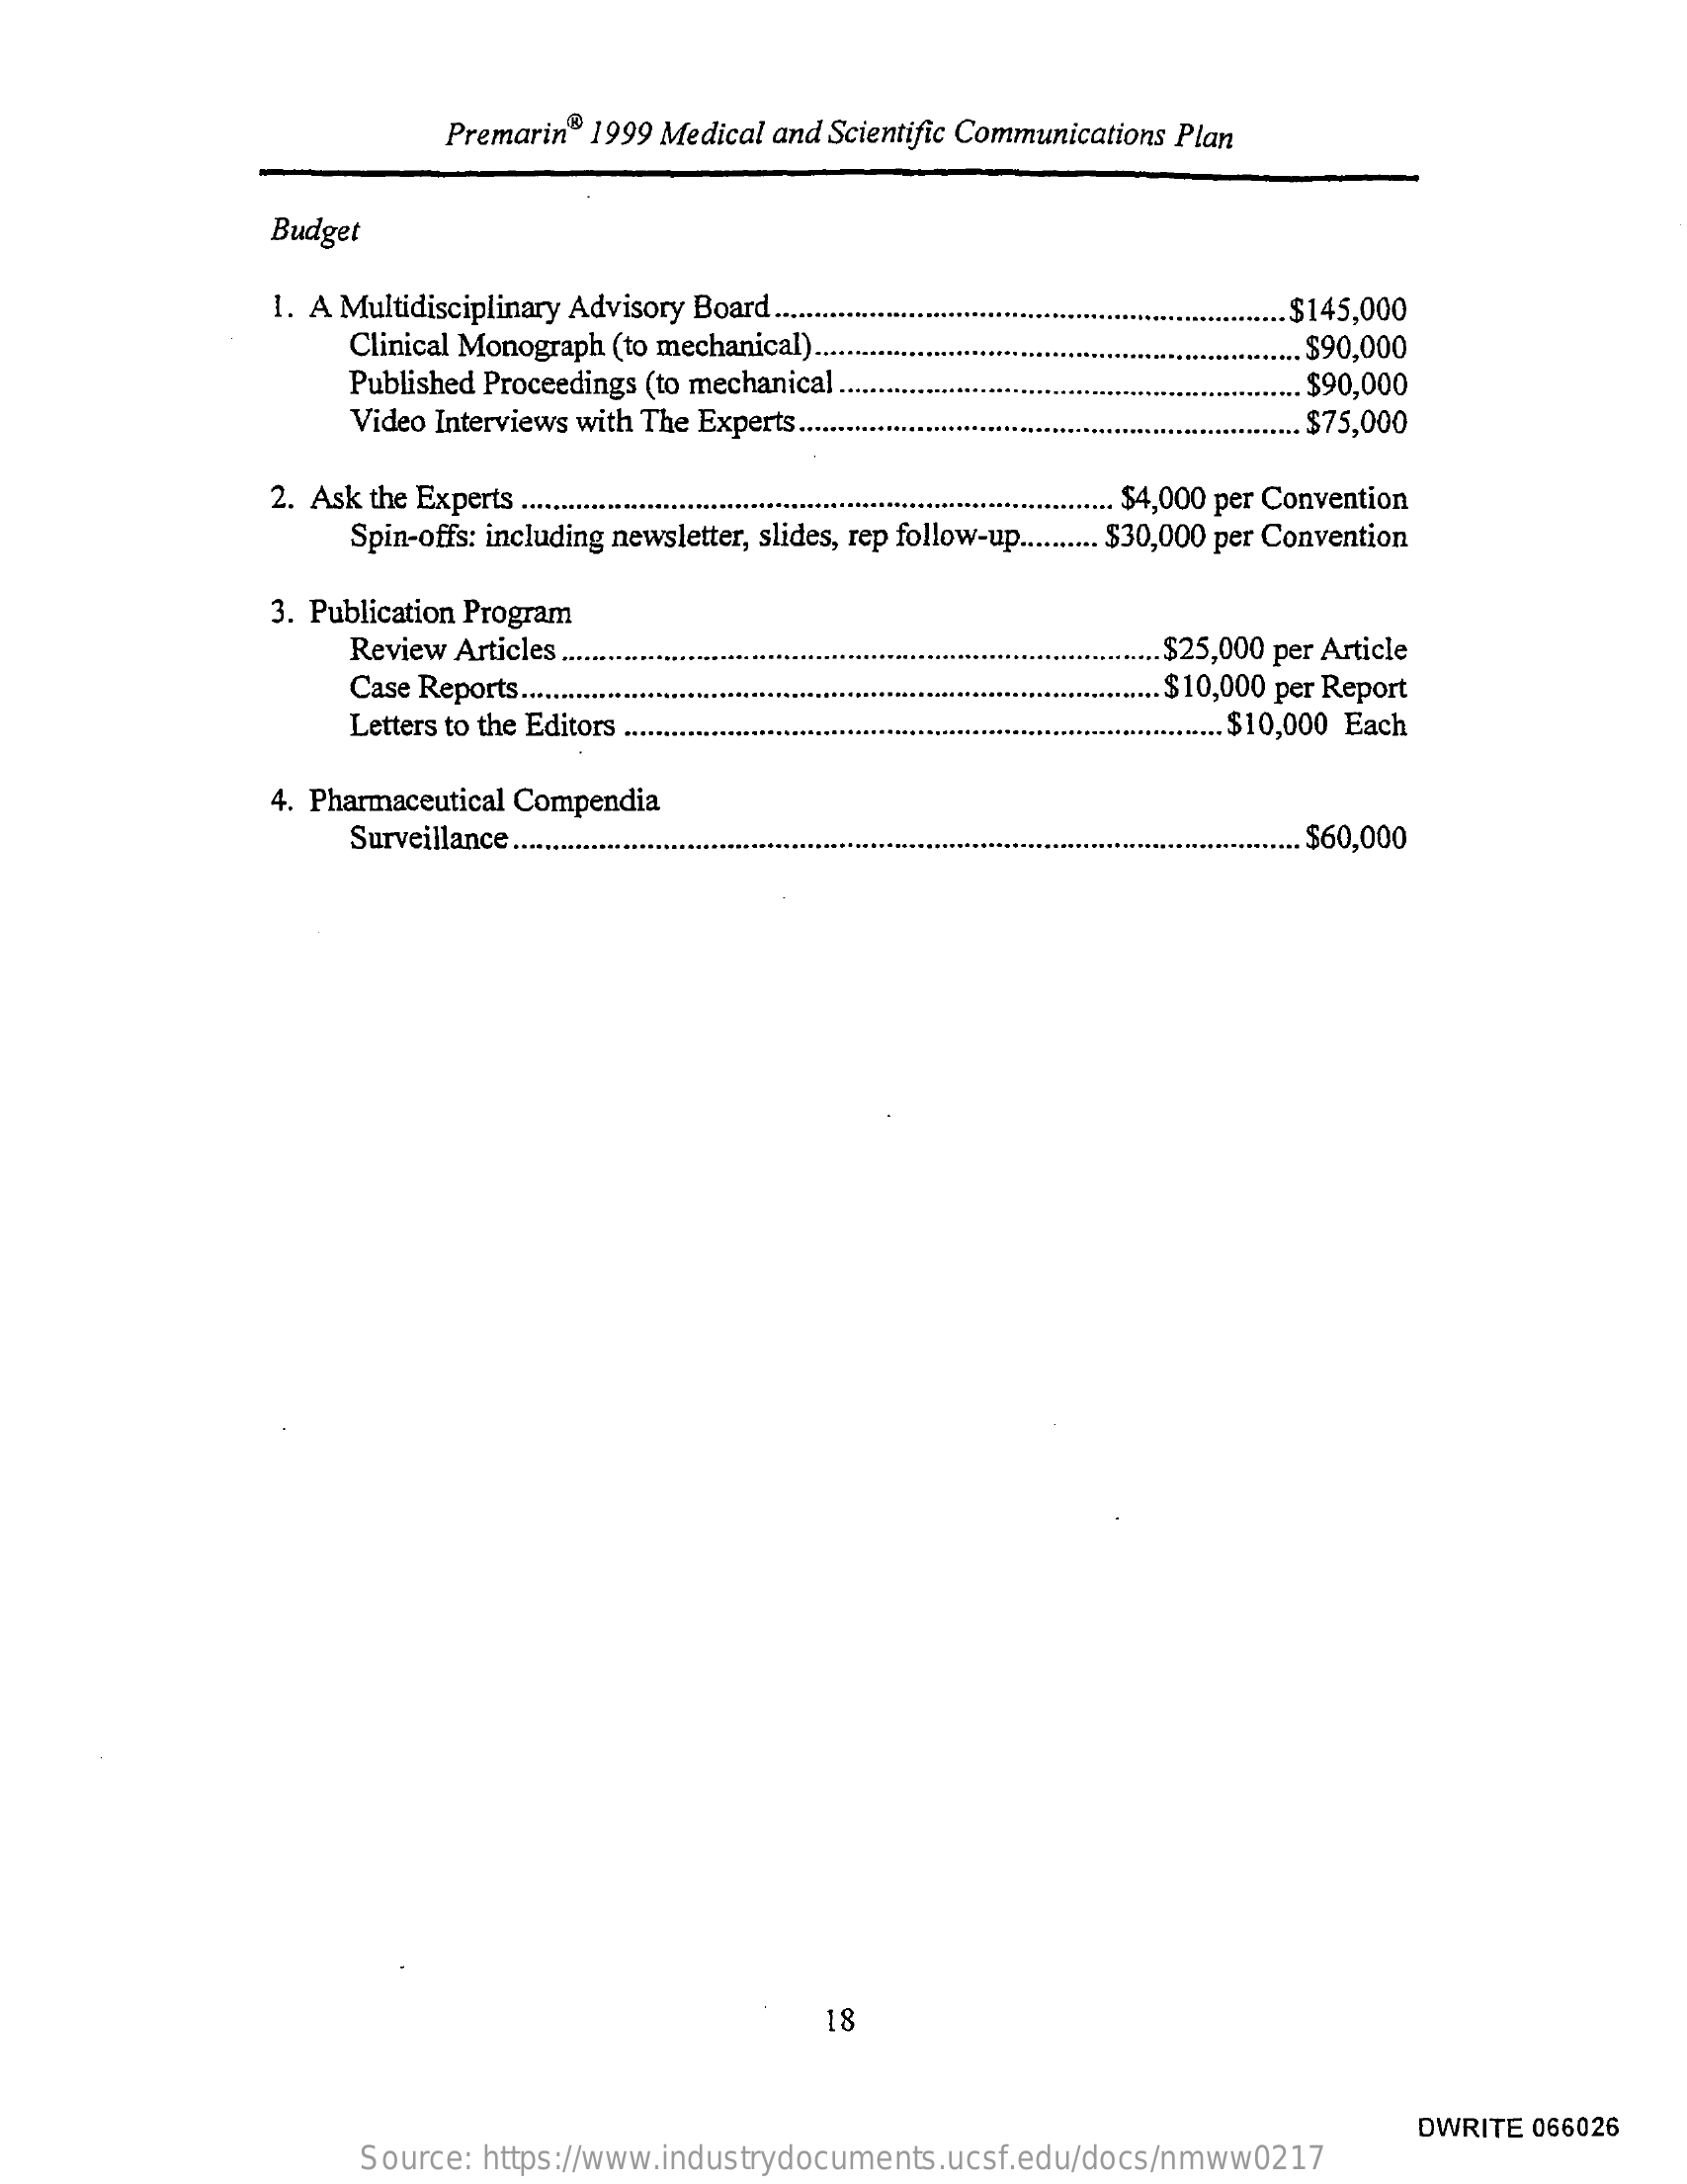
Premarin®  1999 Medical and  Scientific Communications Plan
     Budget
     1. A Multidisciplinary Advisory Board ....    .$145,000
     Clinical Monograph (to mechanical) ..    $90,000
     Published Proceedings (to mechanical.    . $90,000
     Video Interviews with The Experts ......    $75,000
     2. Ask the Experts ........    $4,000 per Convention
     Spin-offs: including newsletter, slides, rep follow-up .......... $30,000 per Convention
     3. Publication Program
     Review  Articles ....    $25,000 per Article
     Case Reports ......    .$10,000 per Report
     Letters to the Editors    ... $10,000 Each
     4. Pharmaceutical Compendia
     Surveillance .....    .. $60,000
     18
     DWRITE  066026
     Source:   https://www.industrydocuments.ucsf.edu/docs/nmww0217